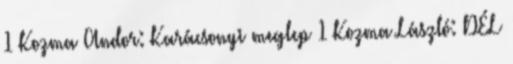
1 Kozma Andor: Karácsonyi meglep 1 Kozma László: DÉL